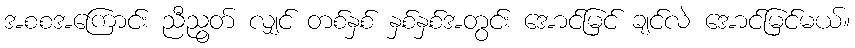
အစစအကြောင်း ညီညွတ် လျှင် တစ်နှစ် နှစ်နှစ်အတွင်း အောင်မြင် ချင်လဲ အောင်မြင်မယ်။